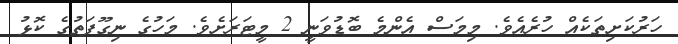
ހަރުކަށިތަކެއް ހުރެއެވެ. މިމަސް އެންމެ ބޮޑުވަނީ 2 މީޓަރަށެވެ. މަހުގެ ނިގޫފަތުގެ ކޮޅު